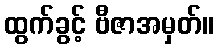
ထွက်ခွင့် ဗီဇာအမှတ်။